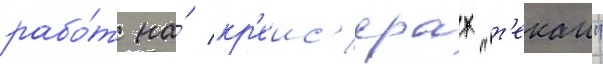
рабо́т на́ кр'еис'ерах "т'екаи"